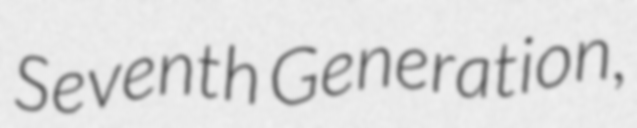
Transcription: Seventh Generation,